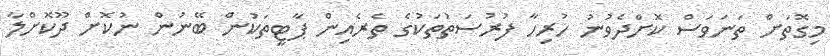
މިގޮތަށް ތަނަވަސް ކޮށްދެވުނު ހުރިހާ ފުރުސަތުތަކުގެ ތެރެއިން ޕާޓީތަކުން ބޭނުން ނުކޮށް ދޫކޮށްލާ